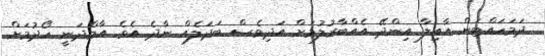
ދަމަހައްޓަން އާއިލާ އިންދޭ އެއްބާރުލުމަށް އަދިވެސް ބަދަލެއް ނާދެ އެވެ. އާމްދަނީ ހޯދުމަށް